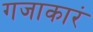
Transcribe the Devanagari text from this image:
गजाकारं